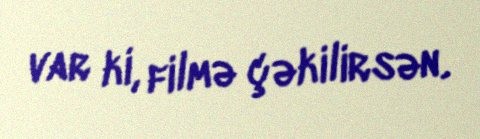
var ki, filmə çəkilirsən.